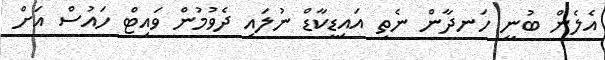
އެލެން ބުނީ ހަނދާން ނެތި އައިޑީކާޑް ނުލައި ދެވުމުން ވައިޓް ހައުސް އަށް